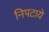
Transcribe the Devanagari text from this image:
निपटाये